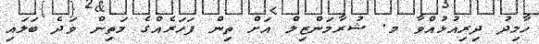
ހާމިދު ދިރިއުޅުއްވާ މ. ޝުރާމަންޒިލް އަށް ތިން ފަހަރެއްގެ މަތިން ވަދެ ބަލައި